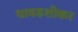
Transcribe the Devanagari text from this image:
धावडशीकर